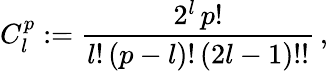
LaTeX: C_{l}^{p}:={\frac{2^{l}\, p!}{l!\, (p-l)!\, (2l-1)!!}}\, ,